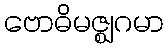
ဗောဓိမဇ္ဈဂမာ